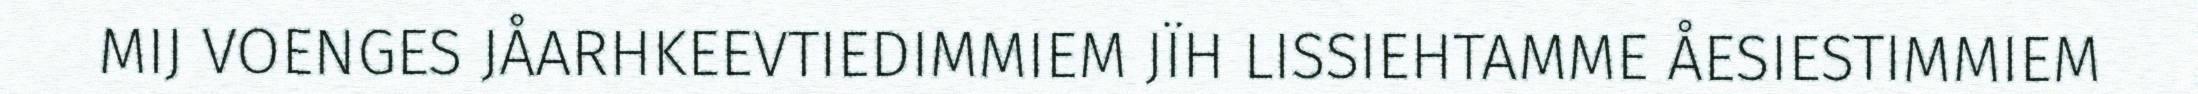
MIJ VOENGES JÅARHKEEVTIEDIMMIEM JÏH LISSIEHTAMME ÅESIESTIMMIEM